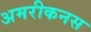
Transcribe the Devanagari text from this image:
अमरीकनस